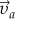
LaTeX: { \vec { \upsilon } } _ { a }